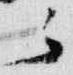
云